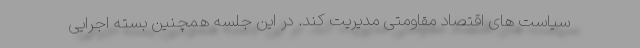
سیاست های اقتصاد مقاومتی مدیریت کند. در این جلسه همچنین بسته اجرایی